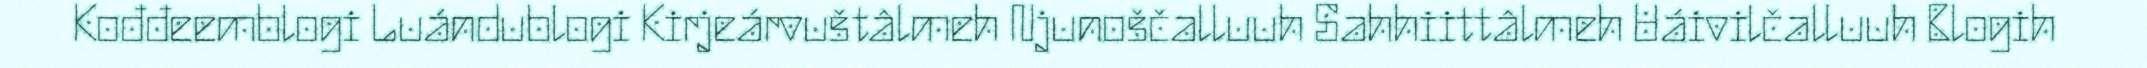
Kođđeemblogi Luándublogi Kirjeárvuštâlmeh Njunoščalluuh Sahhiittâlmeh Uáivilčalluuh Blogih